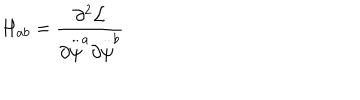
LaTeX: H _ { a b } = \frac { \partial ^ { 2 } { \cal L } } { \partial \stackrel { . . } { \psi } ^ { a } \partial \stackrel { . . } { \psi } ^ { b } }